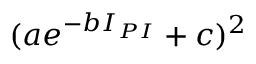
( a e ^ { - b I _ { P I } } + c ) ^ { 2 }